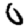
Digit: 0